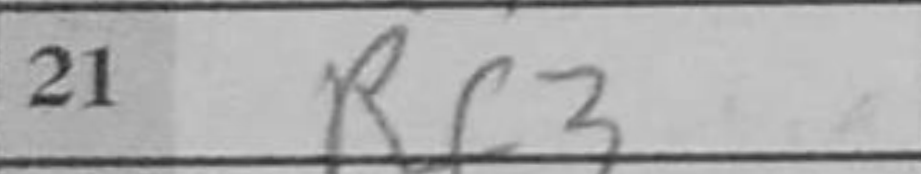
Transcription: Rf3